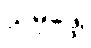
သမုဒ္ဒေါ